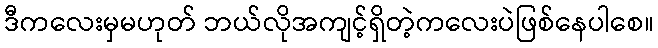
ဒီကလေးမှမဟုတ် ဘယ်လိုအကျင့်ရှိတဲ့ကလေးပဲဖြစ်နေပါစေ။